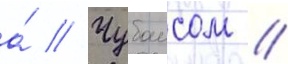
а́ // Чубаисом //